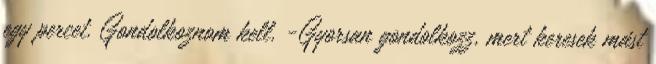
egy percet. Gondolkoznom kell. -Gyorsan gondolkozz, mert keresek mást